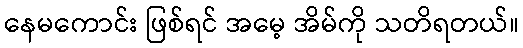
နေမကောင်း ဖြစ်ရင် အမေ့ အိမ်ကို သတိရတယ်။